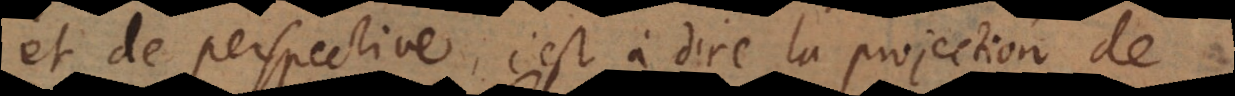
et de Perspective, c’est à dire la projection de